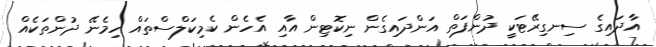
އާދައިގެ ސިނގިރޭޓަކީ ދުންފަތް އަންދައިގެން ނިކޮޓިން އާއި އެހެން ކެމިކަލްސްތައް ހިމެނޭ ދުންތަކެއް